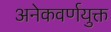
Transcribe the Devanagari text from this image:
अनेकवर्णयुक्त